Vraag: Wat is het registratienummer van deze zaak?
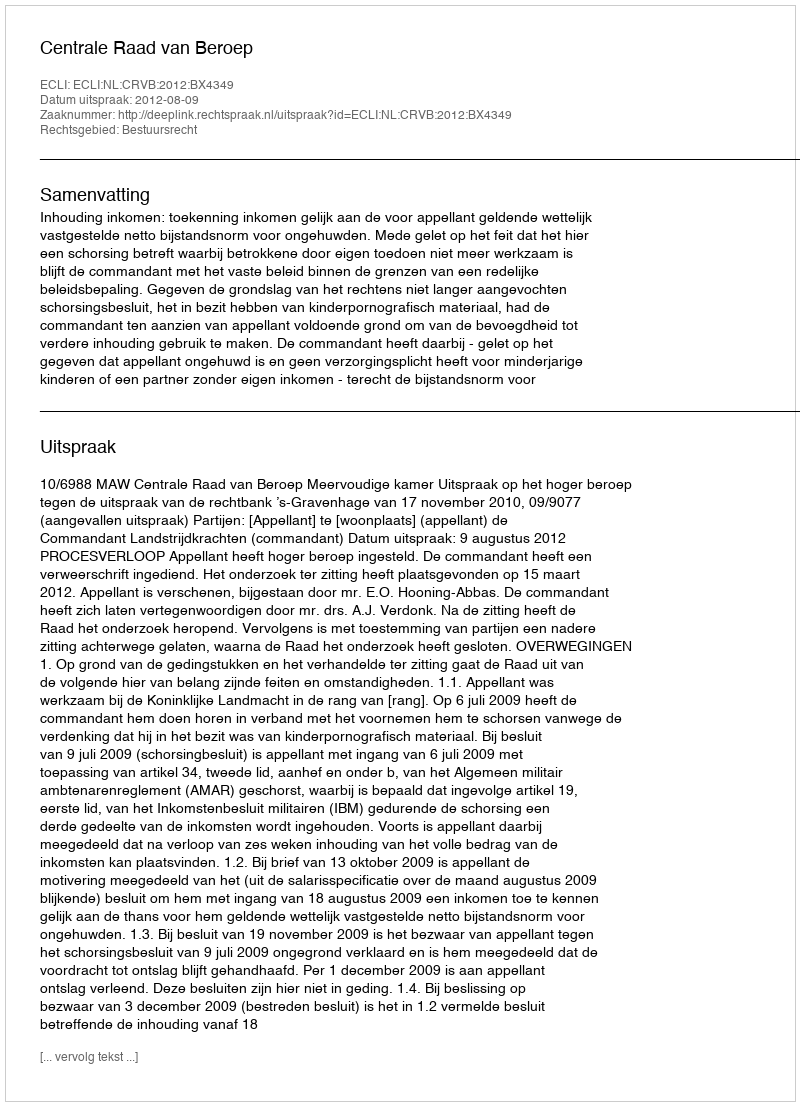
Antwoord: http://deeplink.rechtspraak.nl/uitspraak?id=ECLI:NL:CRVB:2012:BX4349